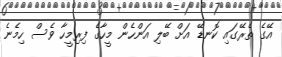
އޭގެ ތެރޭގައި ކޮނޑޭ އަށް ބޭލި އަންހެން މީހާގެ ފިރިމީހާ ވެސް ހިމެެނެ